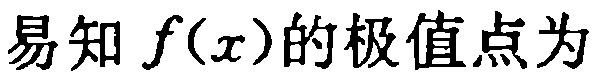
易知 \(f(x)\)的极值点为